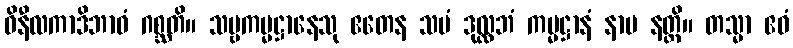
ဝိနီလကာဒိဘာဝံ ဂစ္ဆတိ။ သဗ္ဗကမ္မဋ္ဌာနေသု ဧတေန သမံ ဒုလ္လဘံ ကမ္မဋ္ဌာနံ နာမ နတ္ထိ။ တသ္မာ ဧဝံ